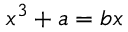
\ x ^ { 3 } + a = b x